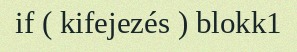
if ( kifejezés ) blokk1